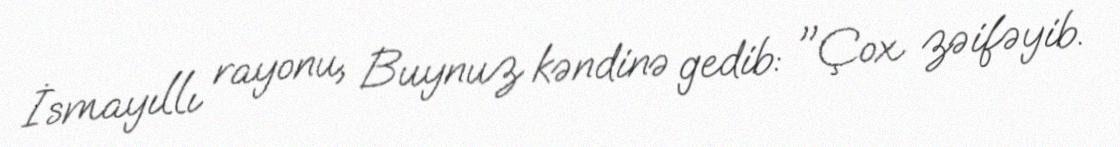
İsmayıllı rayonu, Buynuz kəndinə gedib: "Çox zəifəyib.